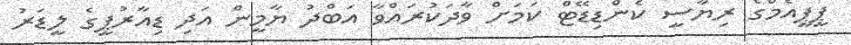
ޕީޕީއެމްގެ ރިޔާސީ ކެންޑިޑޭޓް ކަމަށް ވާދަކުރައްވާ އަބްދު ޔާމީން އަދި ޑިއާރުޕީގެ ލީޑަރު